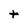
Character: t